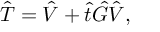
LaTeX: { \hat { T } } = { \hat { V } } + { \hat { t } } \hat { G } { \hat { V } } ,